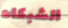
الشبكات